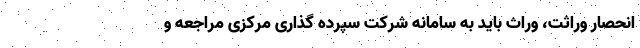
انحصار وراثت، وراث باید به سامانه شرکت سپرده گذاری مرکزی مراجعه و